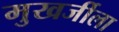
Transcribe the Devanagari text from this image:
मुखर्जीला